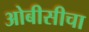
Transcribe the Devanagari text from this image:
ओबीसीचा